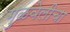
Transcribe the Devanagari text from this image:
गुळवेलीचा